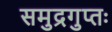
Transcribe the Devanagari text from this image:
समुद्रगुप्तः